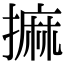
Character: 𢳀